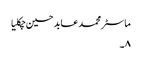
ماسٹر محمد عابد حسین چکلیا
۸۔